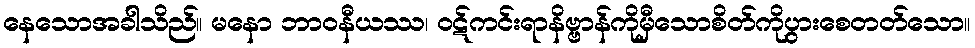
နေသောအခါသိည်။ မနော ဘာဝနီယဿ၊ ဝဋ်ကင်းရာနိဗ္ဗာန်ကိုမှီသောစိတ်ကိုပွားစေတတ်သော။